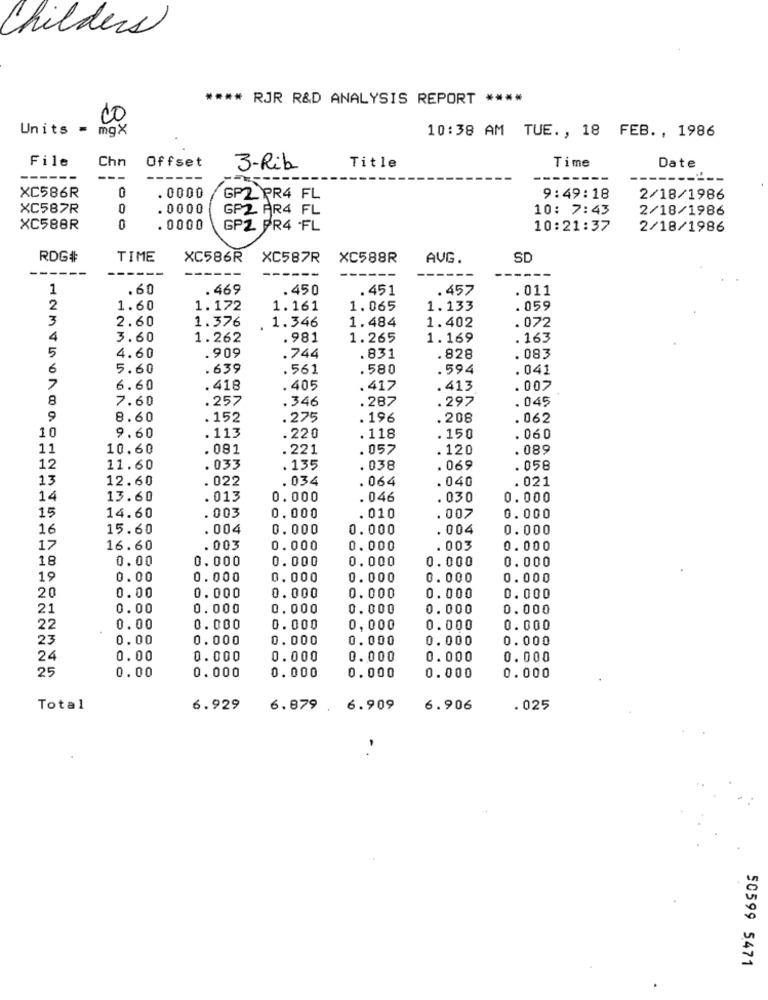
Childers
**** RJR R&D ANALYSIS REPORT ****
CO
Units = mgX
10:38 AM TUE ., 18 FEB. , 1986
File
Chn
Offset
Title
Date
3-Rib
Time
--
XC586R
0
. 0000
GP2. PR4 FL
9:49:18
2/18/1986
XC587R
0
. 0000
GP2. PR4 FL
10: 7:43
2/18/1986
XC588R
. 0000
GPZ PR4 -FL
10:21:37
2/18/1986
RDG#
TIME
XC586R
XC587R
XC588R
AVG.
SD
------
1
.60
. 469
. 450
.451
.457
. 011
2
1.60
1.172
1.161
1.065
1.133
. 059
3
2.60
1.376
1.346
1.484
. 072
1.402
4
3.60
1.262
. 981
1.265
1.169
.163
5
.909
4.60
.744
.831
. 828
. 083
6
5.60
.639
.561
.580
.594
. 041
7
6.60
.418
. 405
.417
. 413
. 007
8
7.60
.257
.346
.287
.297
. 045
9
8.60
.152
.275
. 196
.208
. 062
10
9.60
.113
.220
. 118
.150
. 060
11
10.60
. 081
.221
. 057
. 120
.089
12
11.60
. 033
. 135
. 038
. 069
. 058
13
12.60
. 022
. 034
. 064
.040
. 021
14
13.60
.013
0.000
. 046
. 030
0.000
15
14.60
. 003
0.000
.010
.007
0.000
16
15.60
. 004
0. 000
0.000
. 004
0.000
17
16.60
.003
0.000
0.000
. 003
0.000
18
0.00
0.000
0. 000
0.000
0.000
0.000
19
0.00
0. 000
0.000
0.000
0.000
0.000
20
0.00
0.000
0.000
0.000
0.000
0.000
21
0.00
0.000
0.000
0.000
0.000
0.000
22
0.00
0.000
0.000
0,000
0.000
0.000
23
0.00
0.000
0.000
0.000
0.000
0.000
24
0.00
0.000
0.000
0.000
0.000
0.000
25
0.000
0.000
0.00
0.000
0.000
0.000
Total
6.929
6.879 . 6.909
6.906
.025
50599 5471